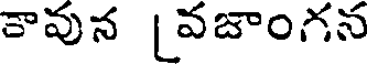
కావున [వజాంగన